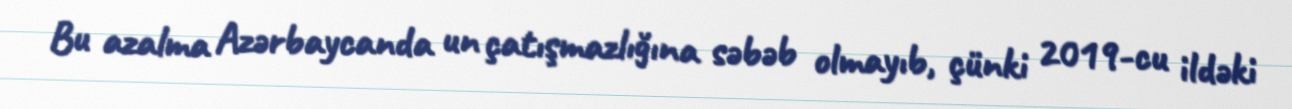
Bu azalma Azərbaycanda un çatışmazlığına səbəb olmayıb, çünki 2019-cu ildəki